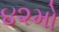
૪૨મો